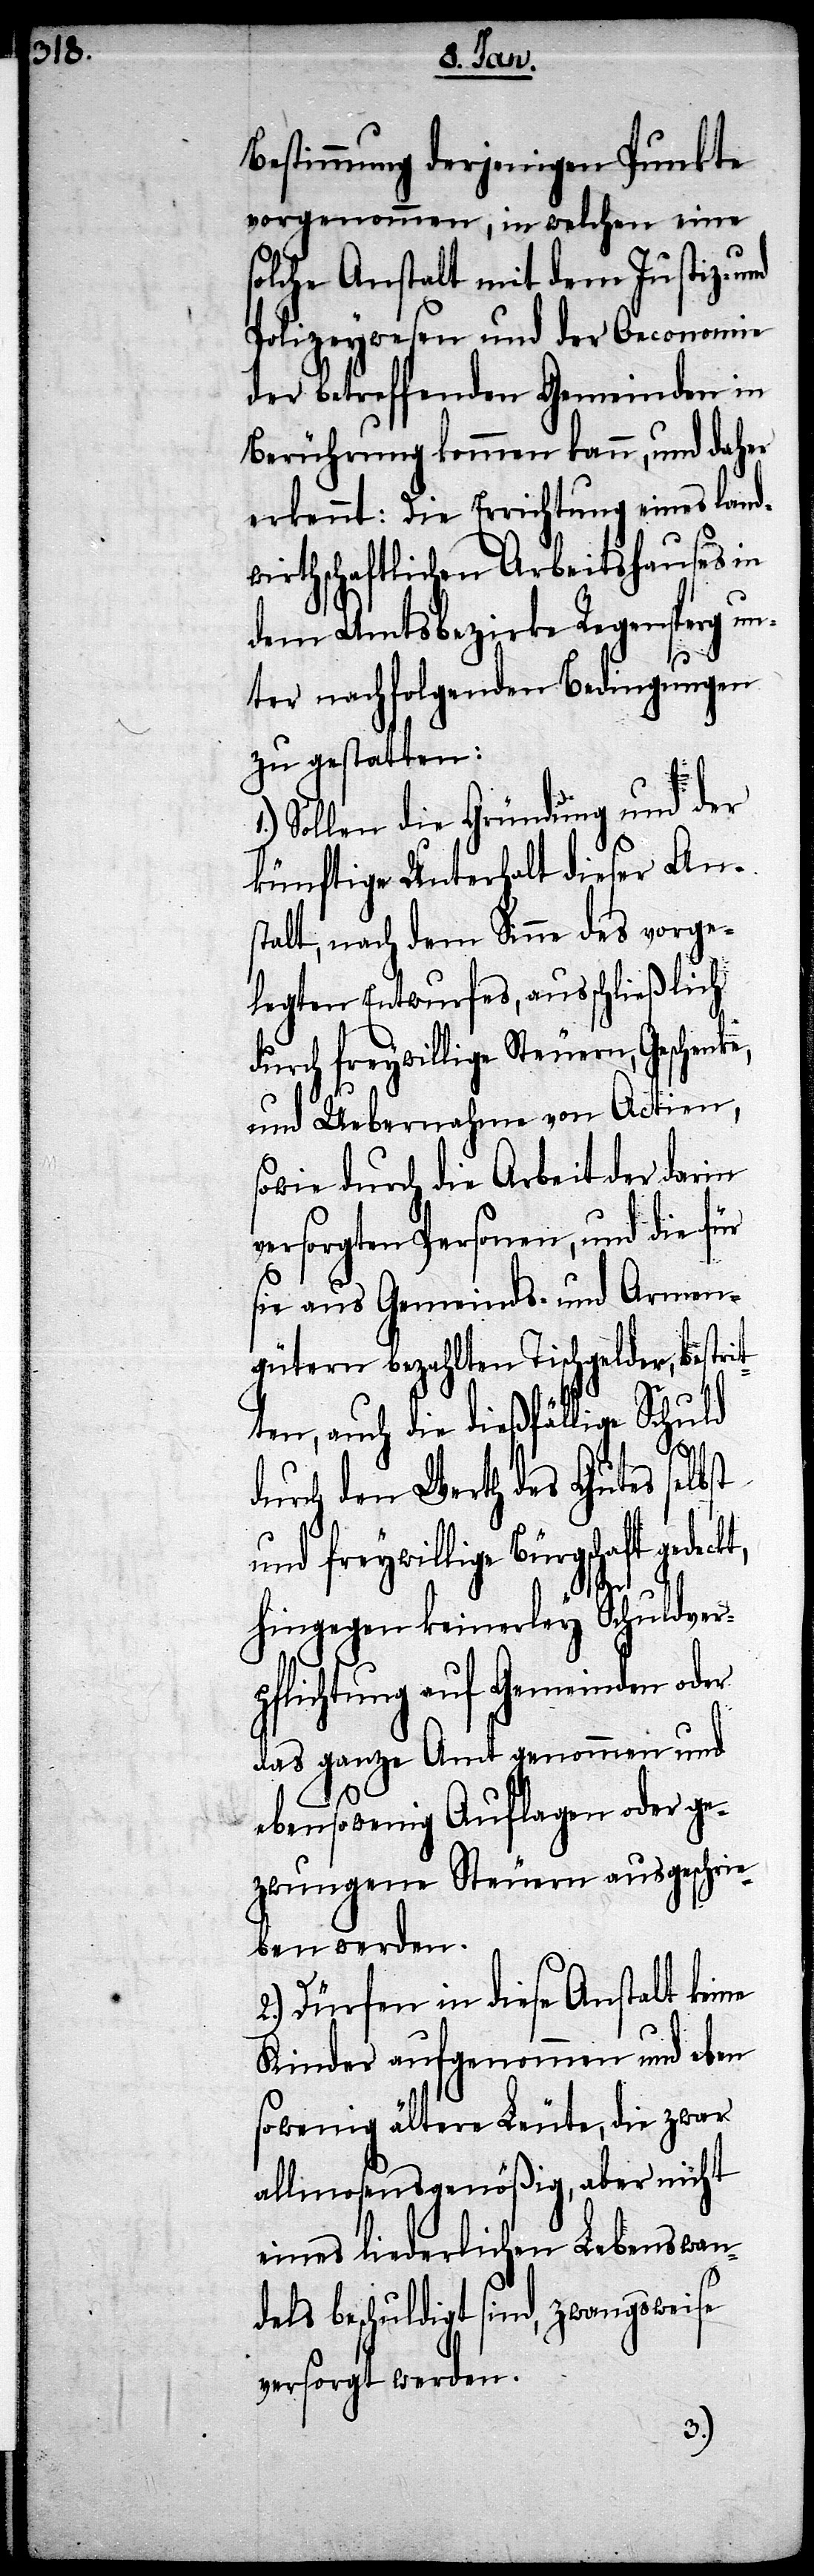
Bestimmung derjenigen Punkte
vorgenommen, in welchen eine
solche Anstalt mit dem Justiz- und
Polizeywesen und der Oeconomie
der betreffenden Gemeinden in
Berührung kommen kann, und daher
erkennt: Die Errichtung eines land¬
wirtschaftlichen Arbeitshauses in
dem Amtsbezirke Regensperg un¬
ter nachfolgenden Bedingung
zu gestatten:
Sollen die Gründung und der
künftige Unterhalt dieser Ans¬
talt, nach dem Sinne des vorge¬
legten Entwurfes, ausschließlich
durch freywillige Steuern, Geschenke,
und Uebernahme von Actien,
sowie durch die Arbeit der darin
versorgten Personen und die für
sie aus Gemeinds- und Armen¬
gütern bezahlten Tischgelder, bestri¬
tten, auch die dießfällige Schuld
durch den Werth des Gutes selbst
und freywillige Bürgschaft
hingegen keinerley Schuldver¬
pflichtung auf Gemeinden
das ganze Amt genommen und
ebensowenig Auflagen oder ge¬
zwungene Steuern ausgeschrie¬
ben werden.
2.) Dürfen in diese Anstalt keine
Kinder aufgenommen und eben
wenig ältere Leute, die zwar
allmosensgenößig, aber nicht
eines liederlichen Lebenswand¬
els beschuldigt sind, zwangsweise
versorgt werden.